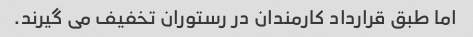
اما طبق قرارداد کارمندان در رستوران تخفیف می گیرند.